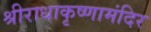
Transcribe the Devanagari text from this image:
श्रीराधाकृष्णामंदिर